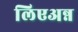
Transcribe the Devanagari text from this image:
लिएअन्न